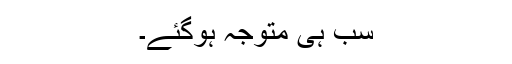
سب ہی متوجہ ہوگئے۔